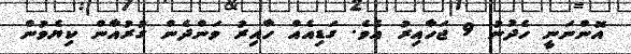
އޮންނަނީ ހެދުނު 9 ޖަހާއިރު އެވެ. ގަޑިއެއް ހާއިރު ވަންދެން ގުރުއާން ކިޔެވުން